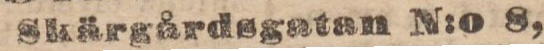
Skärgårdsgatan N:o 8,